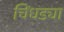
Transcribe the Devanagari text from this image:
चिंधड्या